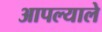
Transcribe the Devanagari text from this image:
आपल्याले